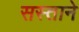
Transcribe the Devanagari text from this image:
सस्ताने